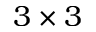
3 \times 3